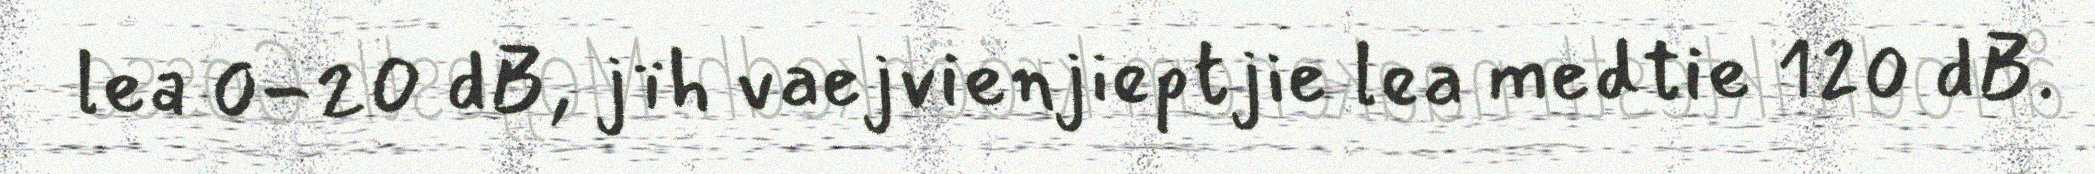
lea 0-20 dB, jïh vaejvienjieptjie lea medtie 120 dB.